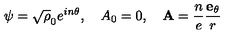
\psi = \sqrt \rho _ { 0 } e ^ { i n \theta } , \quad A _ { 0 } = 0 , \quad { \bf A } = \frac { n } { e } \frac { { \bf e } _ { \theta } } { r }